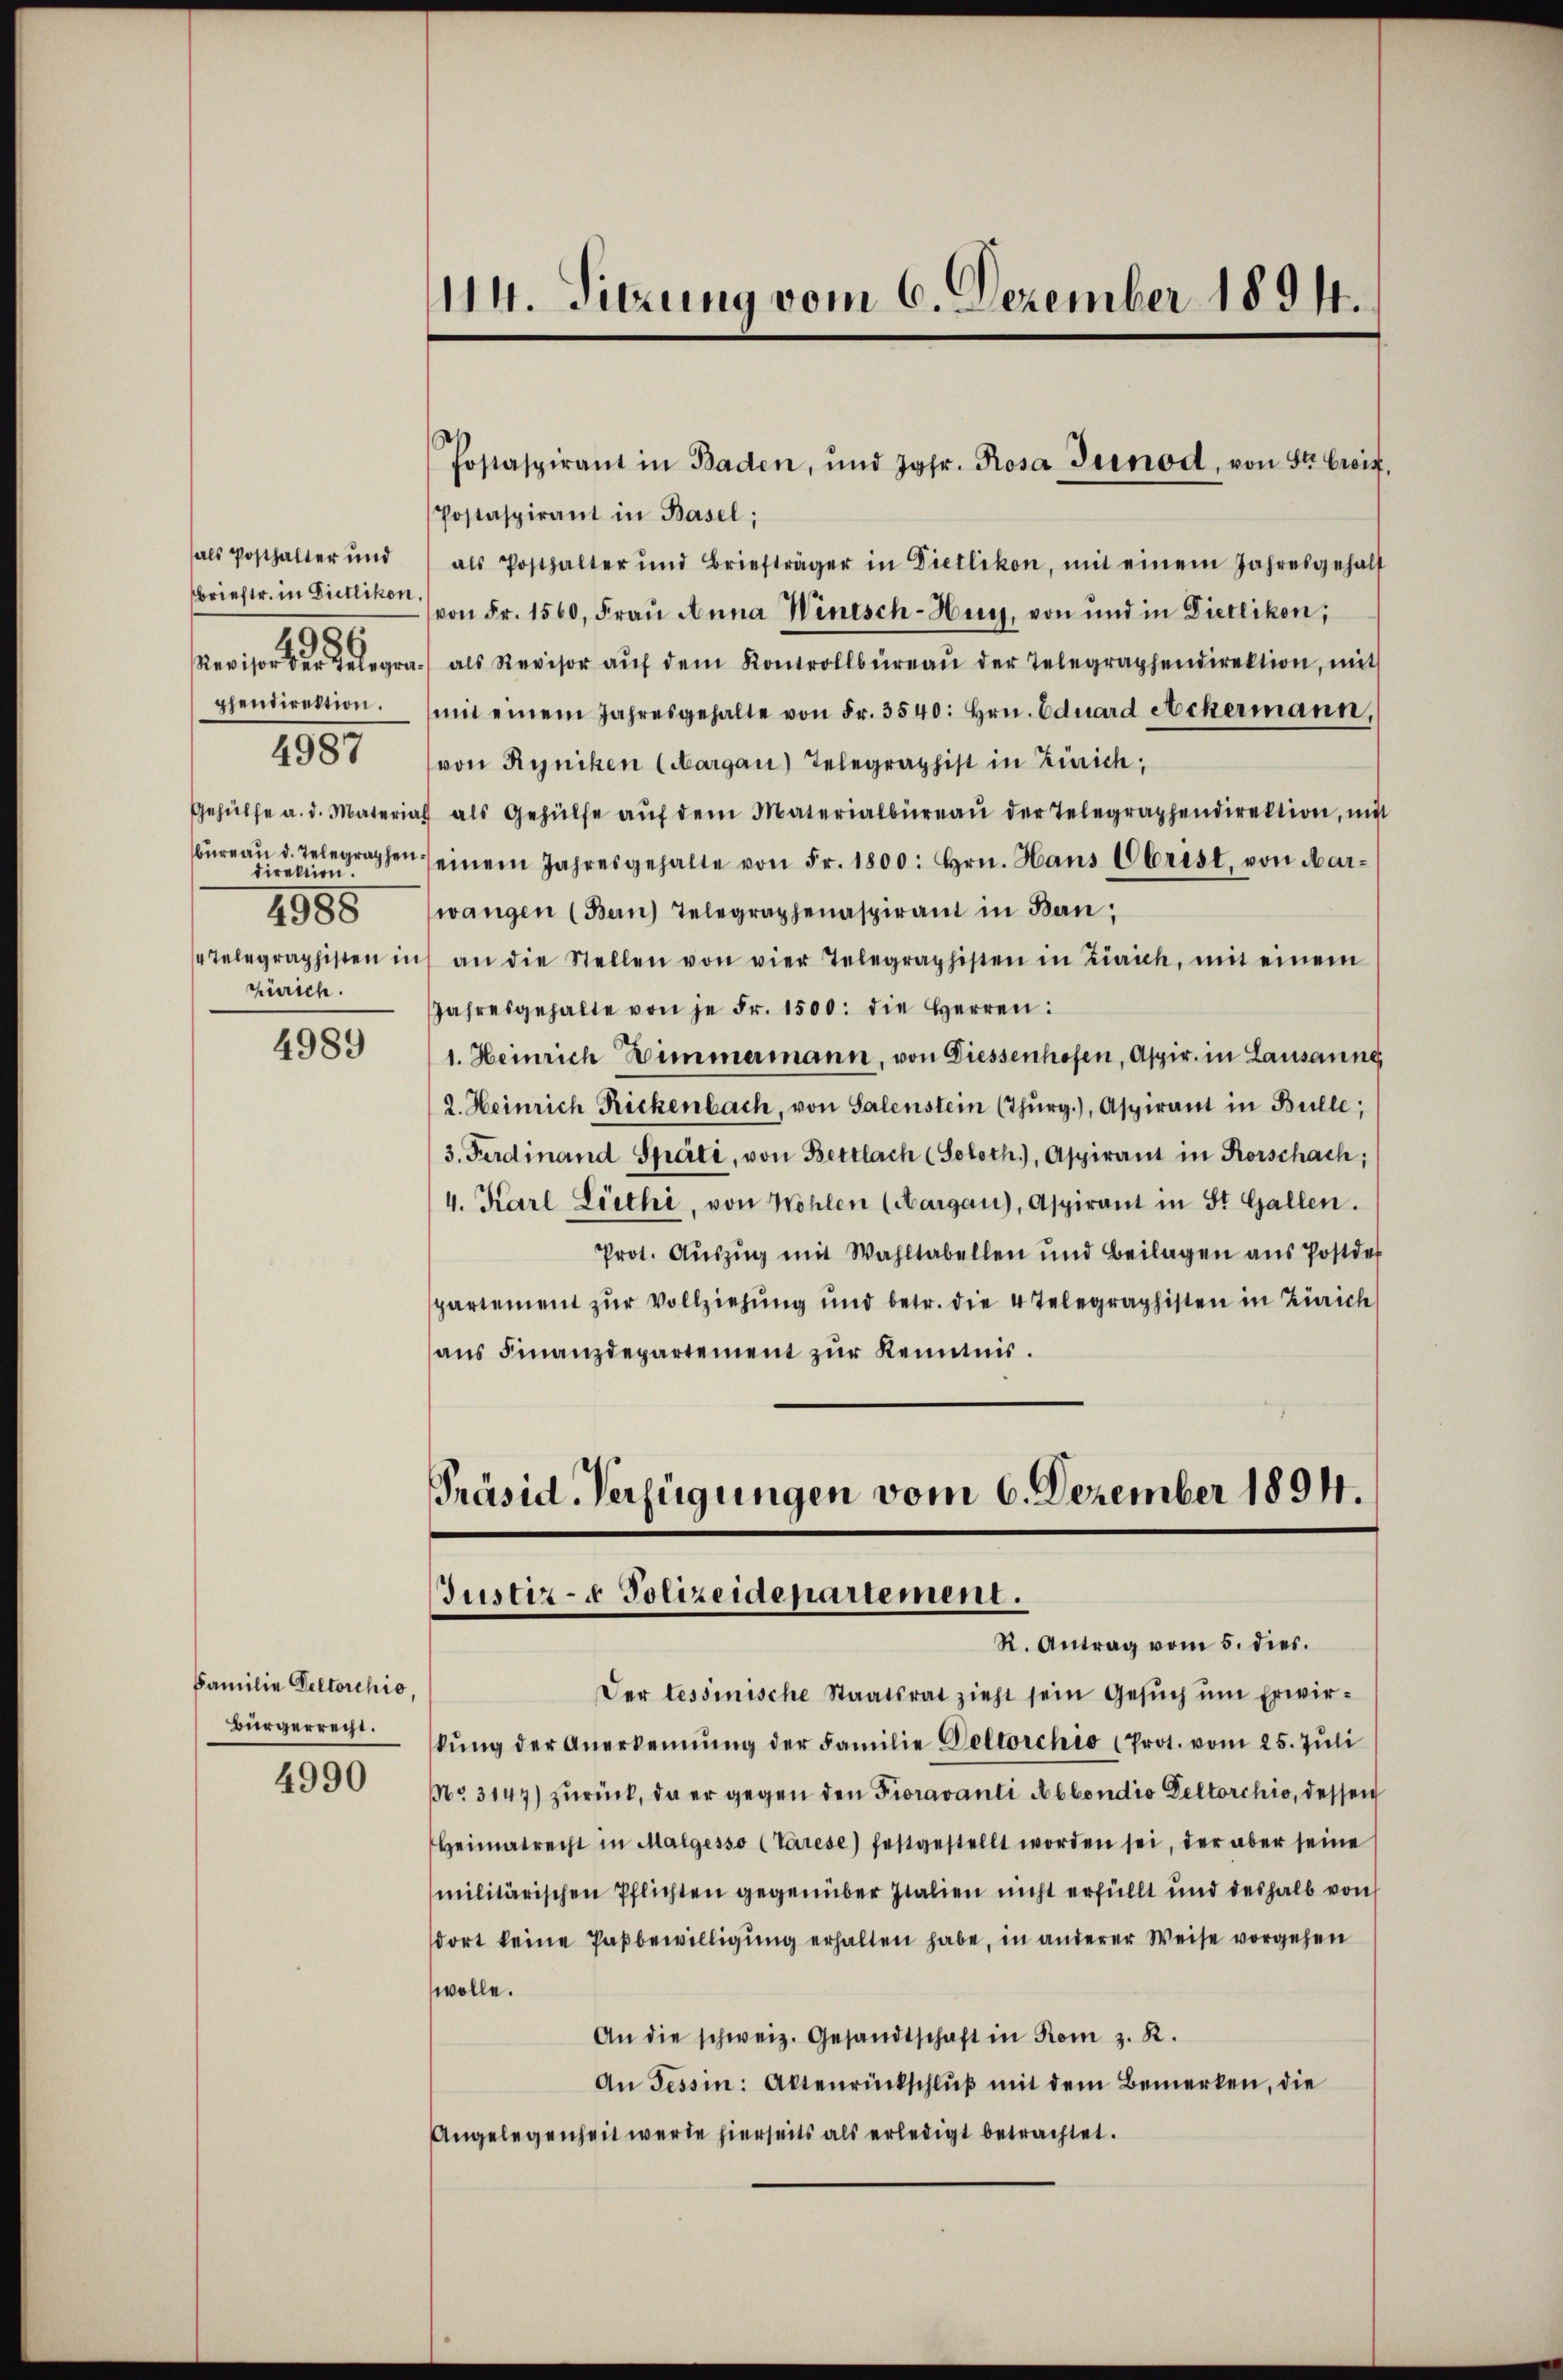
als Posthalter und
brieftr. in Dietlikon.
pendirektion.
4988
Zürich.

4957

4989

Familie Deltorchio,
bürgerrecht.

4990

Postaspirant in Basel;
als Posthalter und Briefträger in Dietlikon, mit einem Jahresgehalf
von Fr. 1560, Fraŭ Anna Wintsch-Hurz, von und in Dietlikon;
Revisor der Relegra als Revisor aŭf dem Kontrollbüreau der Telegraphendirektion, mit
mit einem Jahresgehalte von Fr. 3540: hrn. Eduard Ackermann,
(von Ryniken (Aargau) Telegraphist in Zürich,
Gehülfe a. d. Material als Gehülfe aŭf dem Materialbüreaŭ der Telegraphendirektion, mit
büreau d. Telegraphen einem Jahresgehalte von Fr. 1800: hrn. Hans Obrist, von Mar-
wangen (Bern) Telegraphenaspirant in Ban
Telegraphisten in an die Stellen von vier Telegraphisten in Zürich, mit einem
Jahresgehalte von je Fr. 1500. die Herren:
1. Heinrich Himmermann, von Diessenhofen, Aspir. in Lausanne
2. Heinrich Rickenbach, von Salenstein (Thŭrg.), Aspirant in Bulle;
3. Ferdinand Späti, von Bettlach (Soloth.), Aspirant in Rorschach;
4. Karl Lüthi, von Wohlen (Aargau), Aspirant in St. Gallen.
Prot. Aŭszŭg mit Wahltabellen und Beilagen aŭs Postde
partement zur Vollziehung und betr. die 4 Telegraphisten in Zürich
ans Finanzdepartement zŭr Kenntnis.

114. Sitzung vom 6. Dezember 1894.

Jostaspirant in Baden, und Jgfr. Rosa Gernod, von St. Greif

Präsid. Verfügungen vom 6. Dezember 1894.
Justiz- & Polizeidepartement.
R. Antrag vom 5. dies.

Der tessinische Staatsrat zieht sein Gesuch um Erwirkŭng der Anerkennung der Familie Geltorchio (Prot. vom 25. Jŭli
Nr 3144) zurück, da er gegen den Fioravanti Ablondio Deltorchio, dessen
Heimatrecht in Malgesso (Varese) festgestellt worden sei, der aber seine
militärischen Pflichten gegenüber Italien nicht erfüllt und deshalb von
dort keine Paßbewilligung erhalten habe, in anderer Weise vorgehen
wolle.
An die schweiz. Gesandtschaft in Rom z. R.
An Tessin: Altenrückschluß mit dem Bemerken, die
Angelegenheit werde hierseits als erledigt betrachtet.